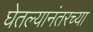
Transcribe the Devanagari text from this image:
घेतल्यानंतरच्या